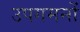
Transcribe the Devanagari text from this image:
उपगमनों